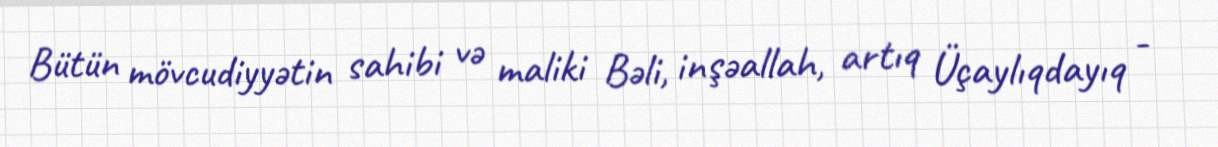
Bütün mövcudiyyətin sahibi və maliki Bəli, inşəallah, artıq Üçaylıqdayıq -